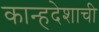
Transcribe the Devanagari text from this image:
कान्हदेशाची